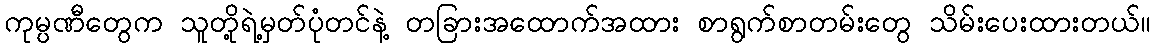
ကုမ္ပဏီတွေက သူတို့ရဲ့မှတ်ပုံတင်နဲ့ တခြားအထောက်အထား စာရွက်စာတမ်းတွေ သိမ်းပေးထားတယ်။